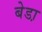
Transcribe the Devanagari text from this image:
बेडा़